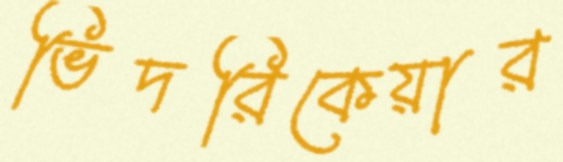
ভিদরিকেয়ার